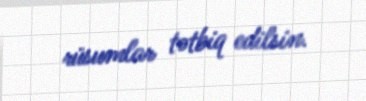
rüsumlar tətbiq edilsin.